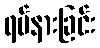
ရပ်နားခြင်း